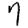
Digit: 7